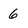
Character: 6